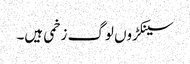
سینکڑوں لوگ زخمی ہیں۔